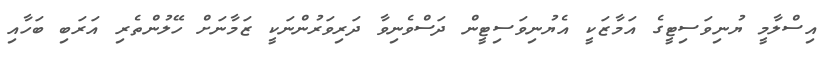
އިސްލާމީ ޔުނިވަސިޓީގެ އަމާޒަކީ އެޔުނިވަސިޓީން ދަސްވެނިވާ ދަރިވަރުންނަކީ ޒަމާނަށް ހޭލުންތެރި އަރަބި ބަހާއި